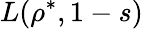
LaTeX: L(\rho^{*},1-s)